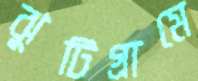
ঝুটিগ্রামে